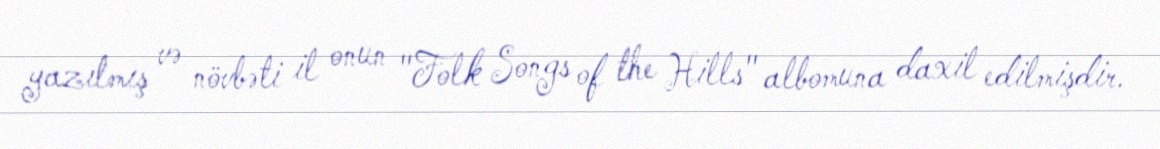
yazılmış və növbəti il onun "Folk Songs of the Hills" albomuna daxil edilmişdir.